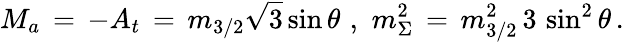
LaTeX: M_{a}\, =\, -A_{t}\, =\, m_{3/2}\sqrt{3}\sin\theta\, \, ,\, \, m_{\Sigma}^{2}\, =\, m_{3/2}^{2}\, 3\, \sin^{2}\theta\, .